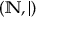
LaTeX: ( \mathbb { N } , | )